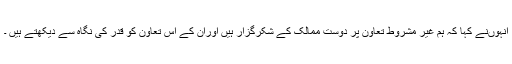
انہوںنے کہا کہ ہم غیر مشروط تعاون پر دوست ممالک کے شکرگزار ہیں اوران کے اس تعاون کو قدر کی نگاہ سے دیکھتے ہیں ۔